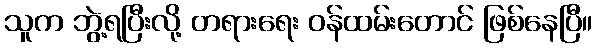
သူက ဘွဲ့ရပြီးလို့ တရားရေး ဝန်ထမ်းတောင် ဖြစ်နေပြီ။